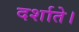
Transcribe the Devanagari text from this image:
दर्शाते।